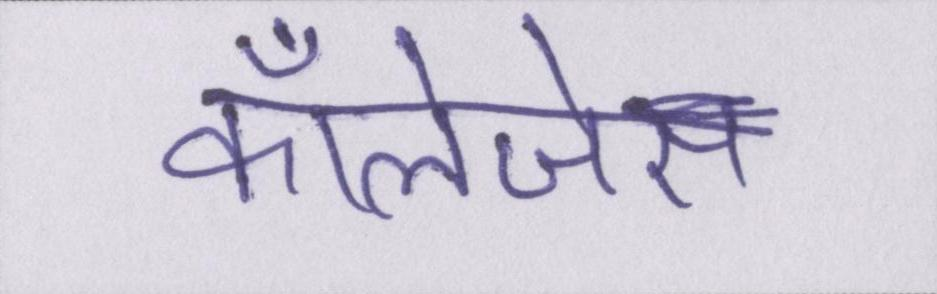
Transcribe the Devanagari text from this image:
कॉलेजेस